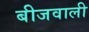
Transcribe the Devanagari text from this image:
बीजवाली